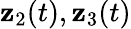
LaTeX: {\mathbf z}_{2}(t),{\mathbf z}_{3}(t)